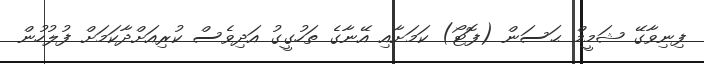
ފިނިވާގޭ ޝަމީމް ޙަސަން (ފޮޓޯ) ކަމަށާއި އޭނާގެ ތަހުގީގު އަދިވެސް ކުރިއަށްދާކަމަށް ފުލުހުން